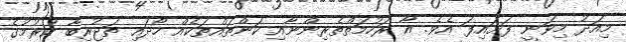
މިއަދު މިވަނީ ފަށައިފަ އެވެ. އާ ރަހުމަތްތެރިންނާއި ކަންތައްތަކެއް ހޯދައި ތަޖުރިބާ ކުުރުމުގެ